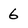
Character: 6